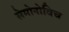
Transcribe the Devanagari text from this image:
सेमोनोविच